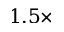
1 . 5 \times